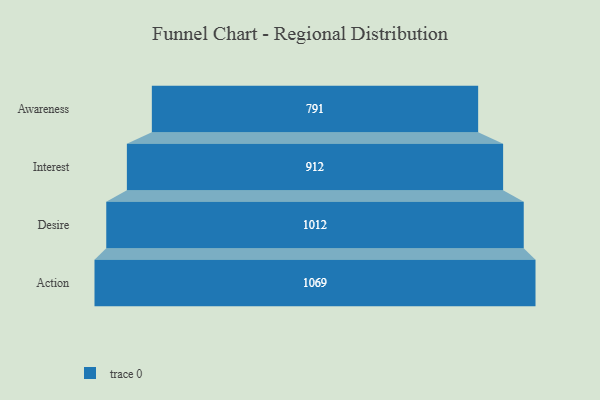
{"axis": {"x": "Stage", "y": "Value"}, "legend": [""], "data": [{"x": "Awareness", "y": 791.0, "type": ""}, {"x": "Interest", "y": 912.0, "type": ""}, {"x": "Desire", "y": 1012.0, "type": ""}, {"x": "Action", "y": 1069.0, "type": ""}]}